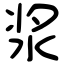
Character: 浆